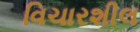
વિચારશીલ